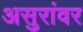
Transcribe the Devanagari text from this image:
असुरांवर